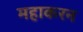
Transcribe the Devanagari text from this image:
महाकरन